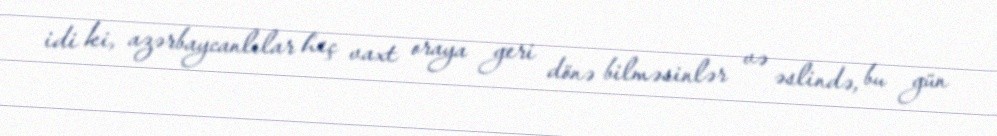
idi ki, azərbaycanlılar heç vaxt oraya geri dönə bilməsinlər və əslində, bu gün